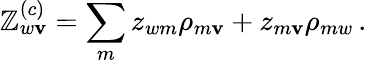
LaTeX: \mathbb{Z}_{w\mathbf{v}}^{(c)}=\sum_{m}z_{wm}\rho_{m\mathbf{v}}+z_{m\mathbf{v}}\rho_{mw}\, .